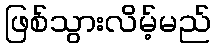
ဖြစ်သွားလိမ့်မည်